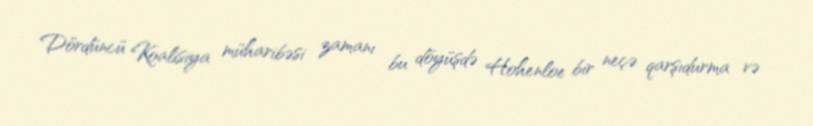
Dördüncü Koalisiya müharibəsi zamanı bu döyüşdə Hohenloe bir neçə qarşıdurma və